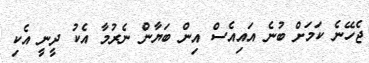
ޖެހޭނެ ކަމަށް ބުނެ އައިއެސް އިން ބަޔާން ނެރުމާ އެކު ދީނީ އެކި